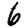
Digit: 6